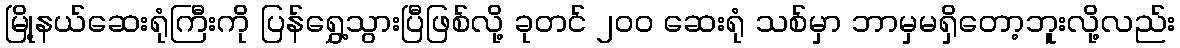
မြို့နယ်ဆေးရုံကြီးကို ပြန်ရွှေ့သွားပြီဖြစ်လို့ ခုတင် ၂ဝဝ ဆေးရုံ သစ်မှာ ဘာမှမရှိတော့ဘူးလို့လည်း